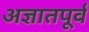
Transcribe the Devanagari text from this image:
अज्ञातपूर्व